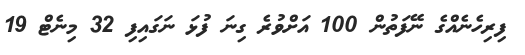
ފިރިހެނެއްގެ ނޭފަތުން 100 އަށްވުރެ ގިނަ ފުޅަ ނަގައިފި 32 މިނެޓް 19